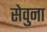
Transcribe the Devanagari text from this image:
सेवुना